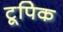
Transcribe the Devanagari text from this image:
टूपिक